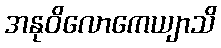
အနုဝိလောကေယျာသိ